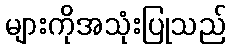
များကိုအသုံးပြုသည်